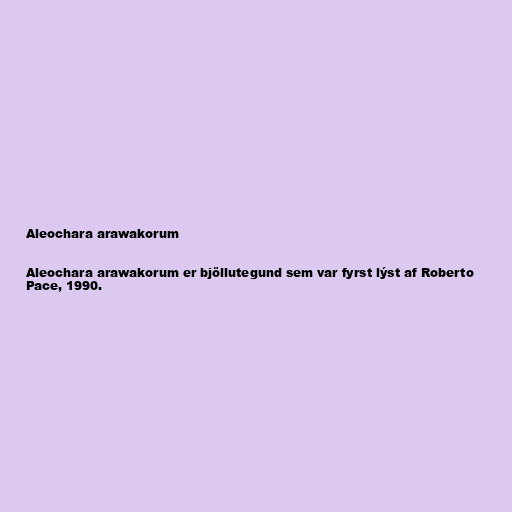
Aleochara arawakorum

Aleochara arawakorum er bjöllutegund sem var fyrst lýst af Roberto
Pace, 1990.